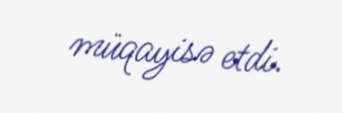
müqayisə etdi.